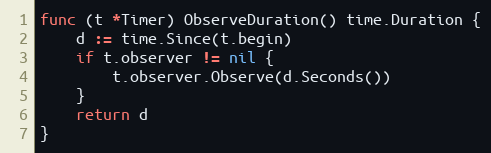
Language: Go
func (t *Timer) ObserveDuration() time.Duration {
	d := time.Since(t.begin)
	if t.observer != nil {
		t.observer.Observe(d.Seconds())
	}
	return d
}